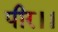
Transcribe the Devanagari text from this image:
पीर।।